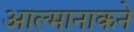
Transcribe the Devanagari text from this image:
आल्मानाकने